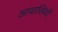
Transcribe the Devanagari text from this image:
आवासियों